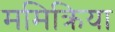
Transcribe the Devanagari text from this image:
ममिक्रिया